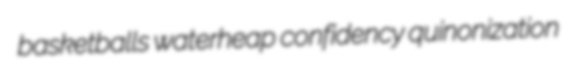
basketballs waterheap confidency quinonization